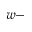
w -